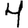
Digit: 4